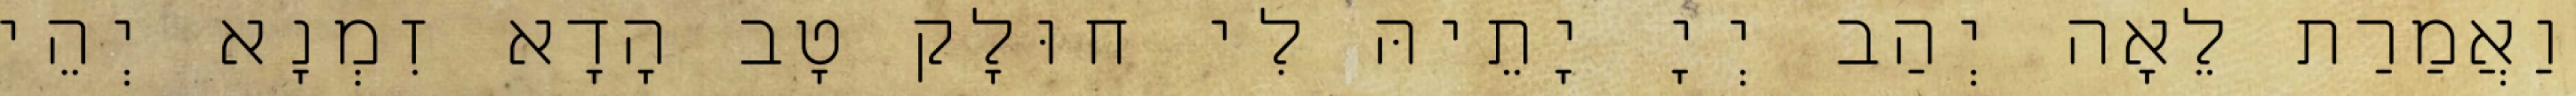
וַאֲמַרַת לֵאָה יְהַב יְיָ יָתֵיהּ לִי חוּלָק טָב הָדָא זִמְנָא יְהֵי